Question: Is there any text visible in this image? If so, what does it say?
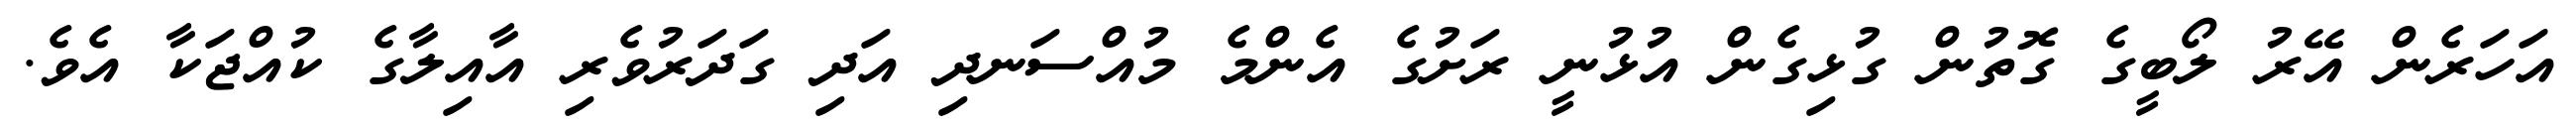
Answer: އަހަރެން އޭރު ލޯބީގެ ގޮތުން ގުޅިގެން އުޅުނީ ރަށުގެ އެންމެ މުއްސަނދި އަދި ގަދަރުވެރި އާއިލާގެ ކުއްޖަކާ އެވެ.